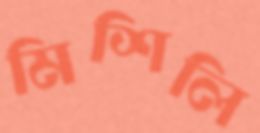
মিশিলি